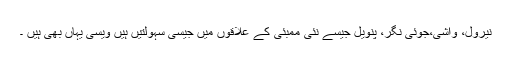
نیرول، واشی،جوئی نگر، پنویل جیسے نئی ممبئی کے علاقوں میں جیسی سہولتیں ہیں ویسی یہاں بھی ہیں ۔